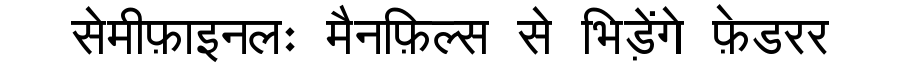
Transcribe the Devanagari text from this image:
सेमीफ़ाइनलः मैनफ़िल्स से भिड़ेंगे फ़ेडरर